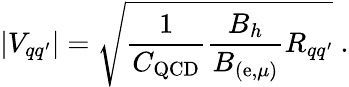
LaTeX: |V_{qq^{\prime}}|=\sqrt{\frac{1}{C_{\mathrm{QCD}}}\frac{B_{h}}{B_{(\mathrm{e},\mu)}}R_{qq^{\prime}}}\ .